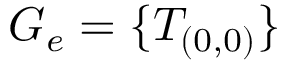
G _ { e } = \{ T _ { ( 0 , 0 ) } \}